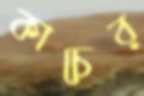
কাচের